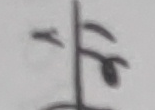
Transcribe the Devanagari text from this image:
कृ